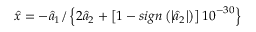
\hat { x } = - { { \hat { a } } _ { 1 } } / \left\{ 2 { { { \hat { a } } } _ { 2 } } + \left[ 1 - s i g n \left( \left| { { { \hat { a } } } _ { 2 } } \right| \right) \right] { { 1 0 } ^ { - 3 0 } } \right\}